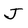
Character: J